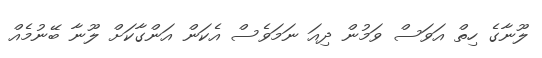
ލޫނާގެ ހިތް އަވަސް ވަމުން ދިއަ ނަމަވެސް އެކަން އަންގާކަށް ލޫނާ ބޭނުމެއް